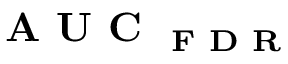
\textbf { A U C } _ { \textbf { F D R } }